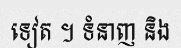
ទៀត ។ ទំនាញ និង